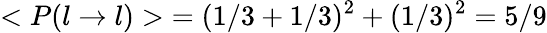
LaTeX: <P(l\rightarrow l)>\; =(1/3+1/3)^{2}+(1/3)^{2}=5/9